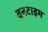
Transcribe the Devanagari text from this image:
वनटाइम